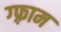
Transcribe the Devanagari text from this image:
ग्फ़्राम